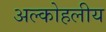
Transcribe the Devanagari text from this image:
अल्कोहलीय